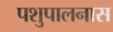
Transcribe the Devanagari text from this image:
पशुपालनास